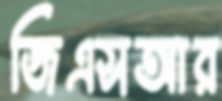
জিএসআর